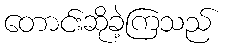
တောင်းဆိုခဲ့ကြသည်